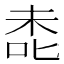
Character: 㖝